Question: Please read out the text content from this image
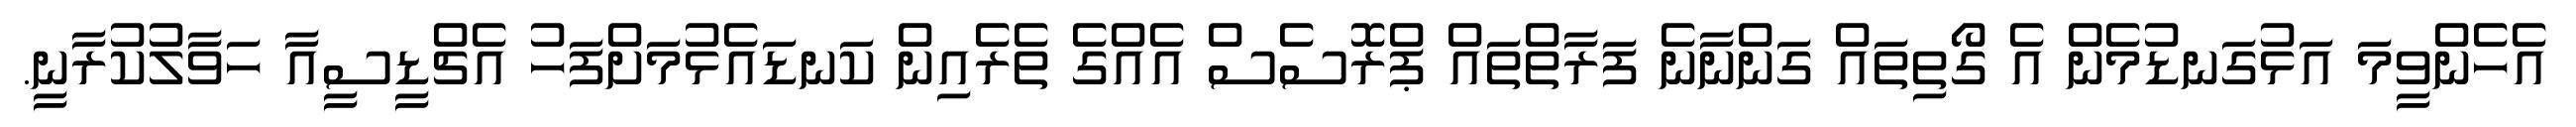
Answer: އެހެންވީމަ އަޅުގަނޑުމެން އެ ގޯތިތައް ގަންނާނެ ފަރާތްތައް ޕްރޮސެސް އެއްގެ ތެރެއިން ކަނޑައެޅުމަށްފަހު އެޗްޑީސީއާ ހަވާލުކުރާނީ.